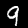
Digit: 9